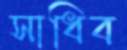
সাধিব